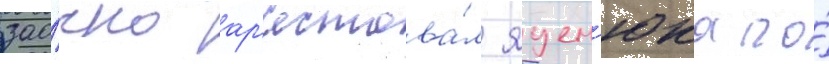
зао́чно ар'естова́л яцен'юка по́